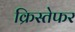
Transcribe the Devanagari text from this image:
क्रिस्तेफर